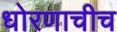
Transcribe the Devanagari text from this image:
धोरणाचीच